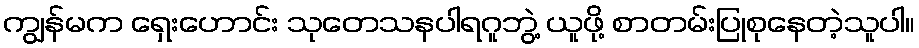
ကျွန်မက ရှေးဟောင်း သုတေသနပါရဂူဘွဲ့ ယူဖို့ စာတမ်းပြုစုနေတဲ့သူပါ။